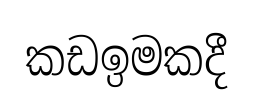
කඩඉමකදී